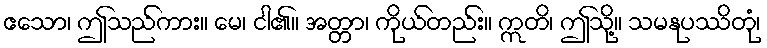
ဧသော၊ ဤသည်ကား။ မေ၊ ငါ၏။ အတ္တာ၊ ကိုယ်တည်း။ ဣတိ၊ ဤသို့။ သမနုပဿိတုံ၊